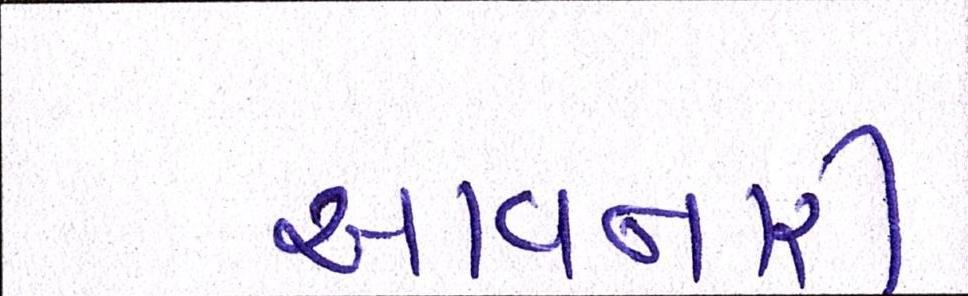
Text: આવનારી